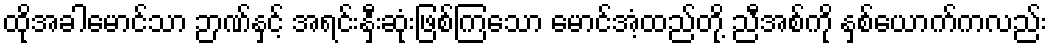
ထိုအခါမောင်သာ ဉာဏ်နှင့် အရင်းနှီးဆုံးဖြစ်ကြသော မောင်အံ့ထည်တို့ ညီအစ်ကို နှစ်ယောက်ကလည်း